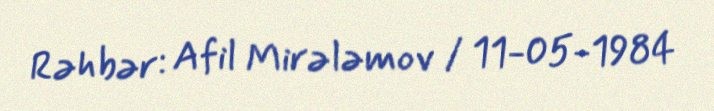
Rəhbər: Afil Mirələmov / 11-05-1984